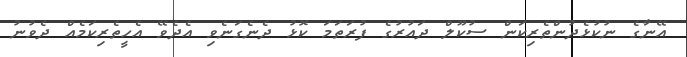
އޭނާގެ ނުކުޅެދުންތެރިކަން ސުކޫލް ދައުރުގެ ފުރަތަމަ ކޮޅު ދެނެގަނެވި އެދެވޭ އެހީތެރިކަމެއް ދެވުނު